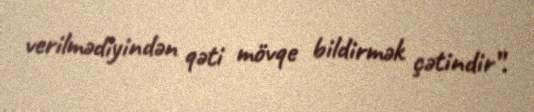
verilmədiyindən qəti mövqe bildirmək çətindir”.